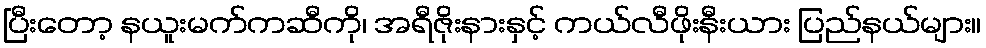
ပြီးတော့ နယူးမက်ကဆီကို၊ အရီဇိုးနားနှင့် ကယ်လီဖိုးနီးယား ပြည်နယ်များ။